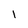
Character: 1